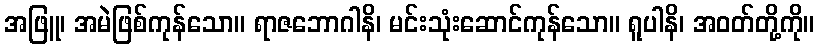
အဖြူ၊ အမဲဖြစ်ကုန်သော။ ရာဇဘောဂါနိ၊ မင်းသုံးဆောင်ကုန်သော။ ရူပါနိ၊ အဝတ်တို့ကို။